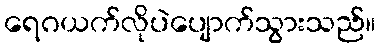
ရေဂယက်လိုပဲပျောက်သွားသည်။